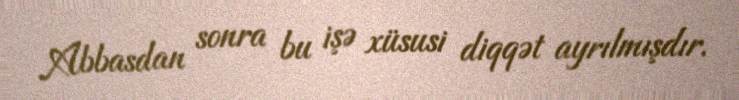
Abbasdan sonra bu işə xüsusi diqqət ayrılmışdır.